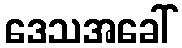
ဒေသအခေါ်